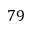
7 9